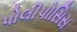
પોલીપોસિસ